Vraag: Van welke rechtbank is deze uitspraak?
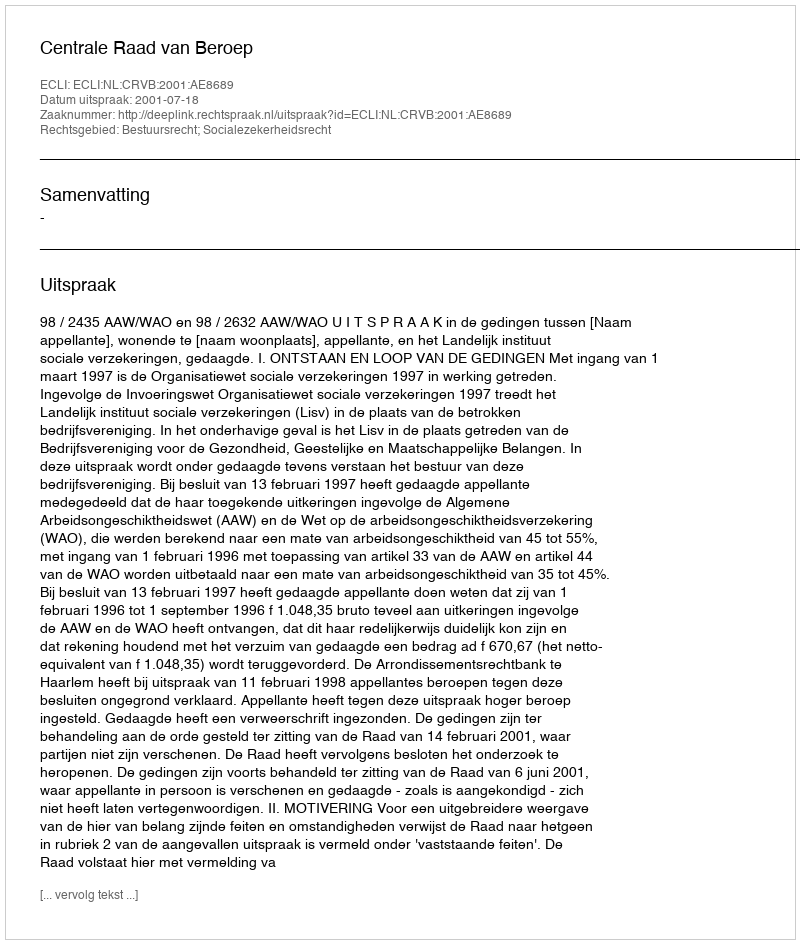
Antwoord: Centrale Raad van Beroep